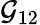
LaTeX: \mathcal{G}_{12}